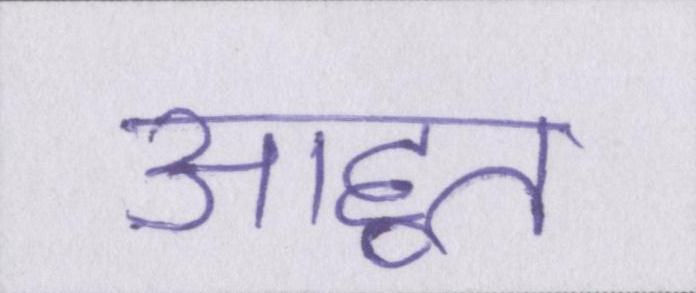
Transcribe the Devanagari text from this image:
आहूत